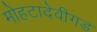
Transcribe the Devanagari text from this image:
मोहटादेवीगड